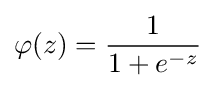
\varphi (z)={\frac {1}{1+e^{-z}}}